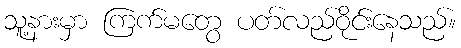
သူ့နားမှာ ကြက်မတွေ ပတ်လည်ဝိုင်းနေသည်။